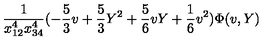
\frac { 1 } { x _ { 1 2 } ^ { 4 } x _ { 3 4 } ^ { 4 } } ( - \frac { 5 } { 3 } v + \frac { 5 } { 3 } Y ^ { 2 } + \frac { 5 } { 6 } v Y + \frac { 1 } { 6 } v ^ { 2 } ) \Phi ( v , Y )